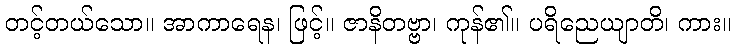
တင့်တယ်သော။ အာကာရေန၊ ဖြင့်။ ဇာနိတဗ္ဗာ၊ ကုန်၏။ ပရိညေယျာတိ၊ ကား။